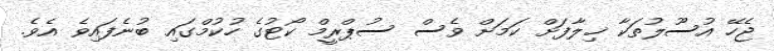
ޖެހޭ އުސޫލުތަކާ ޚިލާފަށް ކަމަށް ވެސް ސުޕްރީމް ކޯޓުގެ ހުކުމްގައި ބުނެފައިވެ އެވެ.